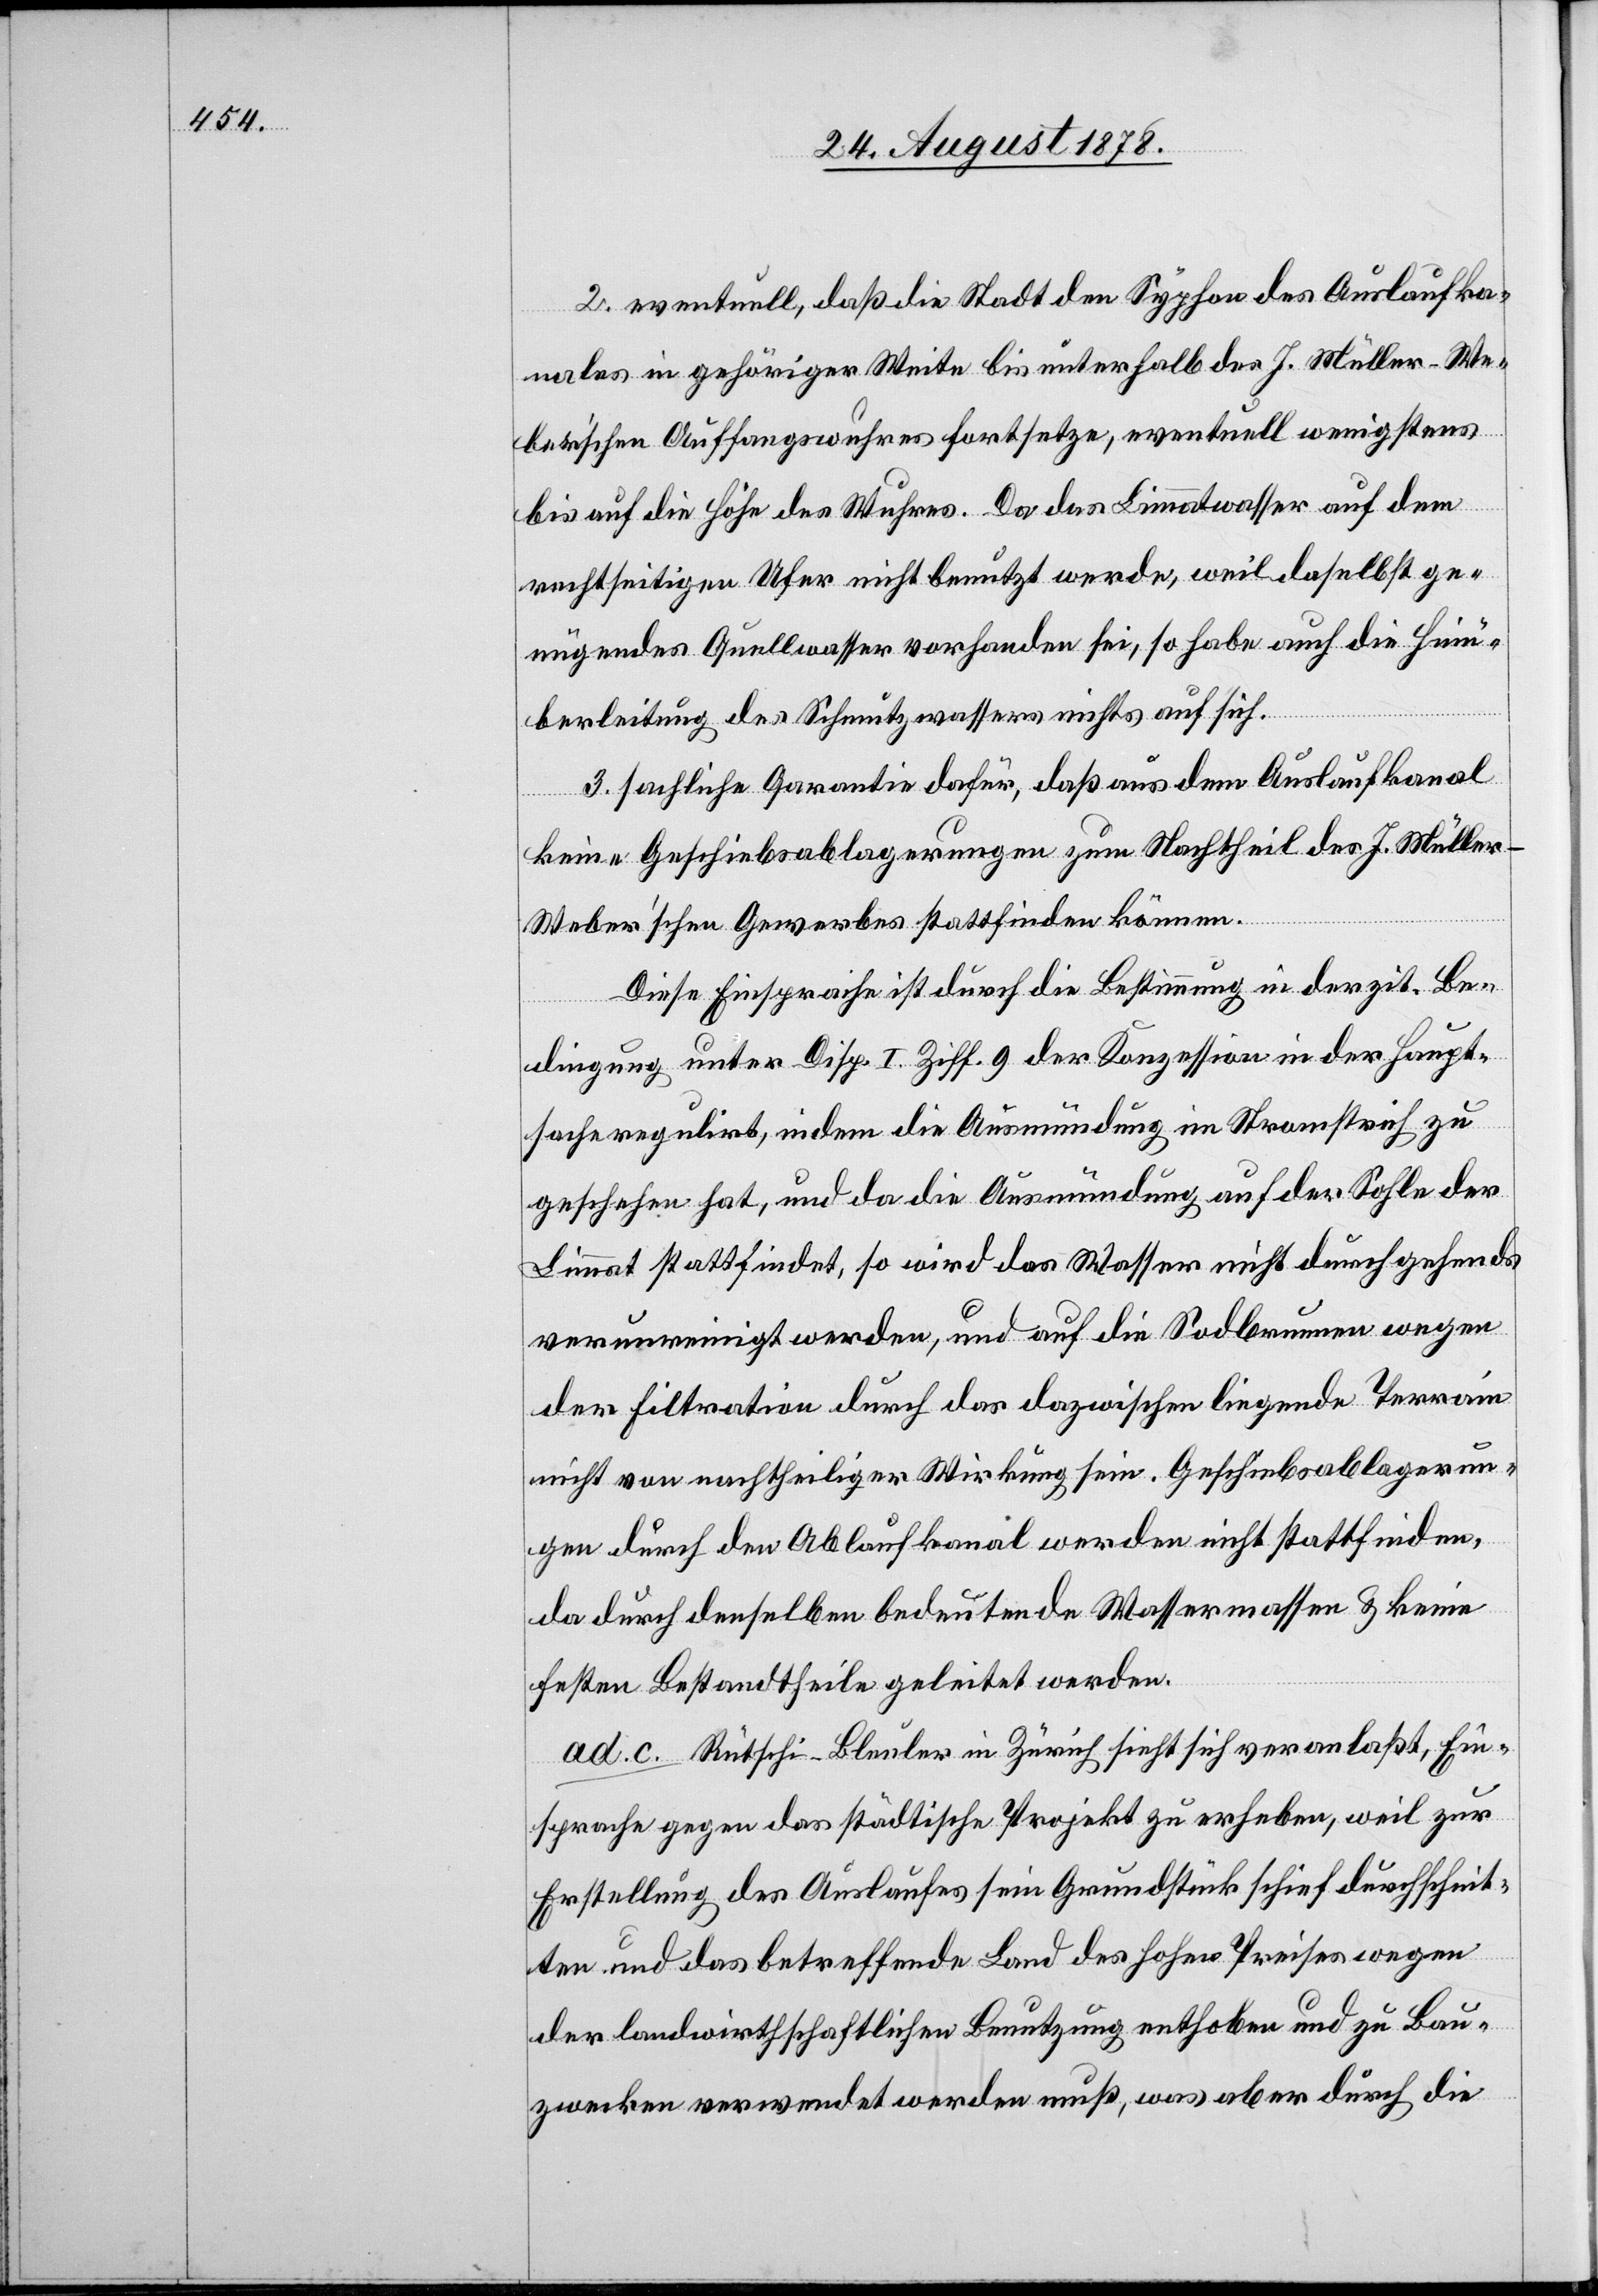
2. eventuell, daß die Stadt den Syphon des Auslaufka¬
nales in gehöriger Weite bis unterhalb des J. Müller-We¬
ber’schen Auffangswuhres fortsetze, eventuell wenigstens
bis auf die Höhe des Wuhres. Da das Limmatwasser auf dem
rechtseitigen Ufer nicht benutzt werde, weil daselbst ge¬
nügendes Quellwasser vorhanden sei, so habe auch die Hinü¬
berleitung des Schmutzwassers nichts auf sich.
3. sachliche Garantie dafür, daß aus dem Auslaufkanal
keine Geschiebsablagerungen zum Nachtheil des J. Müller-W¬
eber’schen Gewerbes stattfinden können.
Diese Einsprache ist durch die Bestimmung in der zit. Be¬
dingung unter Disp. I. Ziff. 9 der Konzession in der Haupt¬
sache regulirt, indem die Ausmündung im Stromstrich zu
geschehen hat, und da die Ausmündung auf der Sohle der
Limmat stattfindet, so wird das Wasser nicht durchgehends
verunreinigt werden, und auf die Sodbrunnen wegen
der Filtration durch das dazwischen liegende Terrain
nicht von nachtheiliger Wirkung sein. Geschiebsablagerun¬
gen durch den Ablaufkanal werden nicht stattfinden,
da durch denselben bedeutende Wassermassen & keine
festen Bestandtheile geleitet werden.
ad c. Rütschi-Bleuler in Zürch sieht sich veranlaßt, Ein¬
sprache gegen das städtische Projekt zu erheben, weil zur
Erstellung des Auslaufes sein Grundstück schief durchschnit¬
ten und das betreffende Land des hohen Preises wegen
der landwirthschaftlichen Benutzung enthoben und zu Bau¬
zwecken verwendet werden muß, was aber durch die